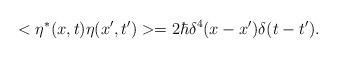
\begin{align*}<\eta^{*}(x ,t) \eta(x' ,t')>= 2 \hbar \delta ^4 (x -x')\delta (t-t') .\end{align*}